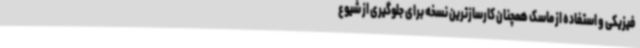
فیزیکی و استفاده از ماسک همچنان کارسازترین نسخه برای جلوگیری از شیوع